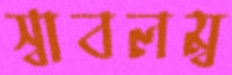
স্বাবলম্ব